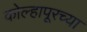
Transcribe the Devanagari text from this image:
कोल्हापूरच्‍या